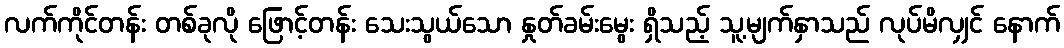
လက်ကိုင်တန်း တစ်ခုလို ဖြောင့်တန်း သေးသွယ်သော နှုတ်ခမ်းမွေး ရှိသည့် သူ့မျက်နှာသည် လုပ်မိလျှင် နောက်